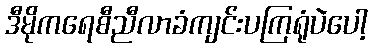
ဒီမိုကရေစီညီလာခံကျင်းပကြရုံပဲပေါ့